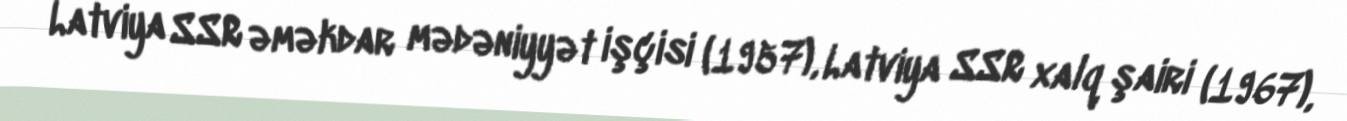
Latviya SSR əməkdar mədəniyyət işçisi (1957), Latviya SSR xalq şairi (1967),